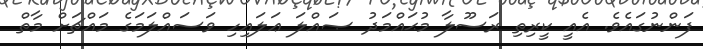
ފަންނުގައެވެ. އެއީ ކީރިތި ރަސޫލާ މުޙައްމަދު ޞައްލަ ޢަލައިހި ވަސައްލަމަގެ މައްޗަށް މާތް